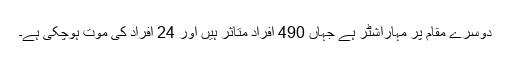
دوسرے مقام پر مہاراشٹر ہے جہاں 490 افراد متاثر ہیں اور 24 افراد کی موت ہوچکی ہے۔